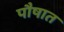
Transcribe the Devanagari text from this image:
पौषात